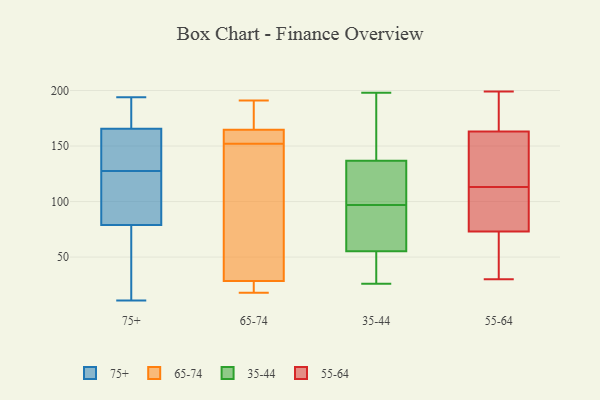
{"axis": {"x": "Population (Million)", "y": "Value"}, "legend": ["35-44", "55-64", "65-74", "75+"], "data": [{"x": "", "y": 34, "type": "75+"}, {"x": "", "y": 117, "type": "75+"}, {"x": "", "y": 156, "type": "75+"}, {"x": "", "y": 174, "type": "75+"}, {"x": "", "y": 194, "type": "75+"}, {"x": "", "y": 99, "type": "75+"}, {"x": "", "y": 157, "type": "75+"}, {"x": "", "y": 178, "type": "75+"}, {"x": "", "y": 84, "type": "75+"}, {"x": "", "y": 64, "type": "75+"}, {"x": "", "y": 89, "type": "75+"}, {"x": "", "y": 186, "type": "75+"}, {"x": "", "y": 157, "type": "75+"}, {"x": "", "y": 11, "type": "75+"}, {"x": "", "y": 138, "type": "75+"}, {"x": "", "y": 74, "type": "75+"}, {"x": "", "y": 178, "type": "65-74"}, {"x": "", "y": 162, "type": "65-74"}, {"x": "", "y": 157, "type": "65-74"}, {"x": "", "y": 152, "type": "65-74"}, {"x": "", "y": 167, "type": "65-74"}, {"x": "", "y": 164, "type": "65-74"}, {"x": "", "y": 191, "type": "65-74"}, {"x": "", "y": 122, "type": "65-74"}, {"x": "", "y": 19, "type": "65-74"}, {"x": "", "y": 24, "type": "65-74"}, {"x": "", "y": 30, "type": "65-74"}, {"x": "", "y": 18, "type": "65-74"}, {"x": "", "y": 47, "type": "65-74"}, {"x": "", "y": 50, "type": "35-44"}, {"x": "", "y": 122, "type": "35-44"}, {"x": "", "y": 184, "type": "35-44"}, {"x": "", "y": 95, "type": "35-44"}, {"x": "", "y": 181, "type": "35-44"}, {"x": "", "y": 26, "type": "35-44"}, {"x": "", "y": 99, "type": "35-44"}, {"x": "", "y": 34, "type": "35-44"}, {"x": "", "y": 198, "type": "35-44"}, {"x": "", "y": 97, "type": "35-44"}, {"x": "", "y": 64, "type": "35-44"}, {"x": "", "y": 57, "type": "35-44"}, {"x": "", "y": 111, "type": "35-44"}, {"x": "", "y": 194, "type": "55-64"}, {"x": "", "y": 163, "type": "55-64"}, {"x": "", "y": 59, "type": "55-64"}, {"x": "", "y": 138, "type": "55-64"}, {"x": "", "y": 113, "type": "55-64"}, {"x": "", "y": 108, "type": "55-64"}, {"x": "", "y": 188, "type": "55-64"}, {"x": "", "y": 67, "type": "55-64"}, {"x": "", "y": 132, "type": "55-64"}, {"x": "", "y": 73, "type": "55-64"}, {"x": "", "y": 93, "type": "55-64"}, {"x": "", "y": 33, "type": "55-64"}, {"x": "", "y": 173, "type": "55-64"}, {"x": "", "y": 113, "type": "55-64"}, {"x": "", "y": 199, "type": "55-64"}, {"x": "", "y": 99, "type": "55-64"}, {"x": "", "y": 30, "type": "55-64"}, {"x": "", "y": 163, "type": "55-64"}]}